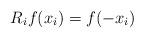
LaTeX: \begin{align*} R_i f(x_i)=f(-x_i)\end{align*}